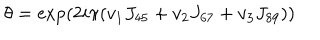
LaTeX: \theta = \exp ( 2 i \pi ( v _ { 1 } J _ { 4 5 } + v _ { 2 } J _ { 6 7 } + v _ { 3 } J _ { 8 9 } ) )